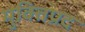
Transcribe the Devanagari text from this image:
मुक्तिप्रद